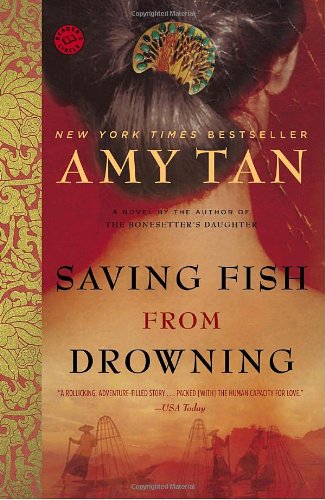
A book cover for Saving Fish from Drowning; Amy Tan; Literature & Fiction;